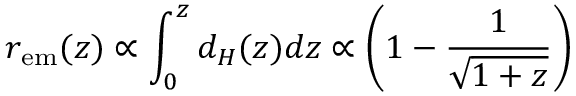
r _ { \mathrm { e m } } ( z ) \propto \int _ { 0 } ^ { z } d _ { H } ( z ) d z \propto \left( 1 - \frac { 1 } { \sqrt { 1 + z } } \right)